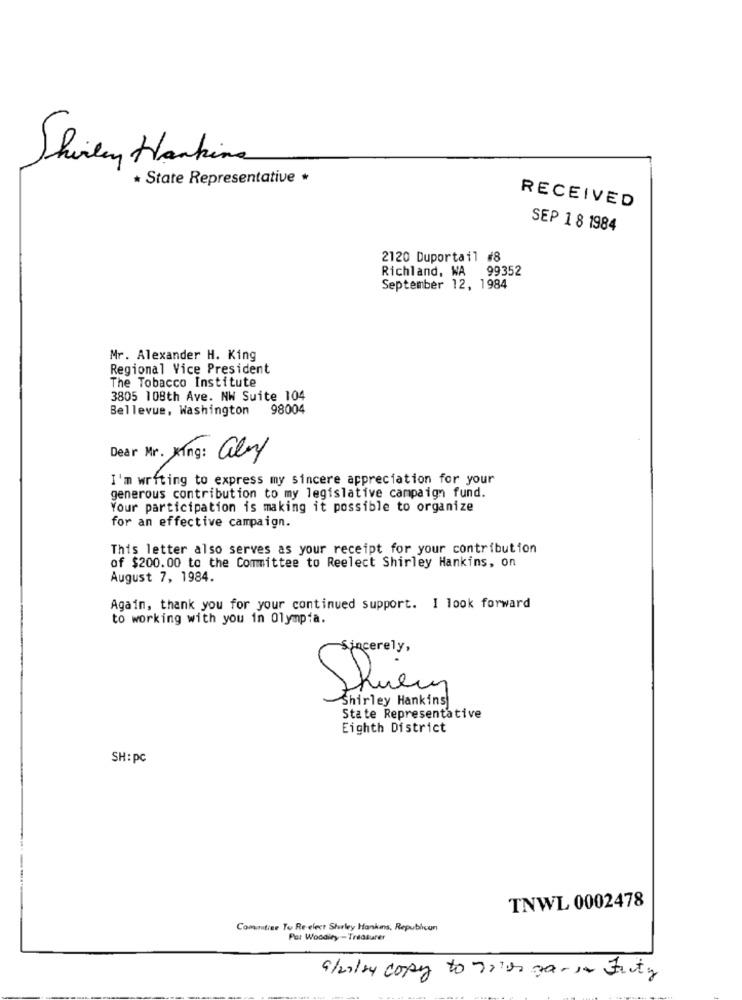
Shirley Hankina
* State Representative *
RECEIVED
SEP 1 8 1984
2120 Duportail #8
Richland, WA 99352
September 12, 1984
Mr. Alexander H. King
Regional Vice President
The Tobacco Institute
3805 108th Ave. NW Suite 104
Bellevue, Washington 98004
Dear Mr. Xing: aby
I'm writing to express my sincere appreciation for your
generous contribution to my legislative campaign fund.
Your participation is making it possible to organize
for an effective campaign.
This letter also serves as your receipt for your contribution
of $200. 00 to the Committee to Reelect Shirley Hankins, on
August 7, 1984.
Again, thank you for your continued support. I look forward
to working with you in Olympia.
-Sincerely,
Skien
Shirley Hankins
State Representative
Eighth District
SH: pc
TNWL 0002478
Commutise To Re elect Shirley Hankins, Republican
Por Woodiey - Treasurer
a/20/24 copy to 7010 3a -, Fruity